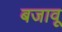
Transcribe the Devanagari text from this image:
बजावू